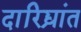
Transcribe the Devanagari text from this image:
दारिद्र्यांत